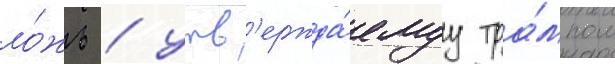
ло́жь / утв'ержда́емуу тра́мпом